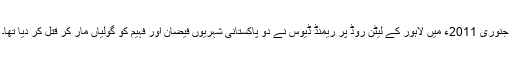
جنوری 2011ء میں لاہور کے لیٹن روڈ پر ریمنڈ ڈیوس نے دو پاکستانی شہریوں فیضان اور فہیم کو گولیاں مار کر قتل کر دیا تھا۔